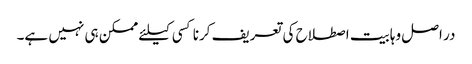
در اصل وہابیت اصطلاح کی تعریف کرنا کسی کیلئے ممکن ہی نہیں ہے۔